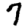
Digit: 7